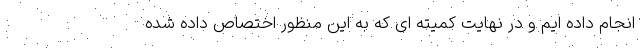
انجام داده ایم و در نهایت کمیته ای که به این منظور اختصاص داده شده